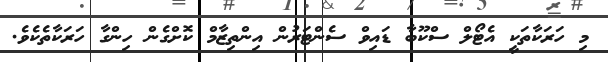
މި ހަރަކާތަކީ އެޓޯލް ސްކޫބާ ޑައިވް ސެންޓަރުން އިންތިޒާމް ކޮށްގެން ހިންގާ ހަރަކާތެކެވެ.